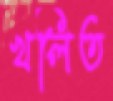
খলিত